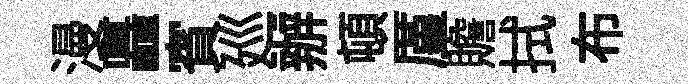
漫矗賓廵辦頓厪贍拭布